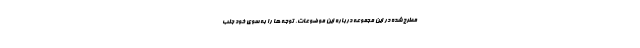
مطرح شده در این مجموعه درباره این موضوعات، توجه ها را به سوی خود جلب